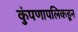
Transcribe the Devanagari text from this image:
कुंपणापलिकडून